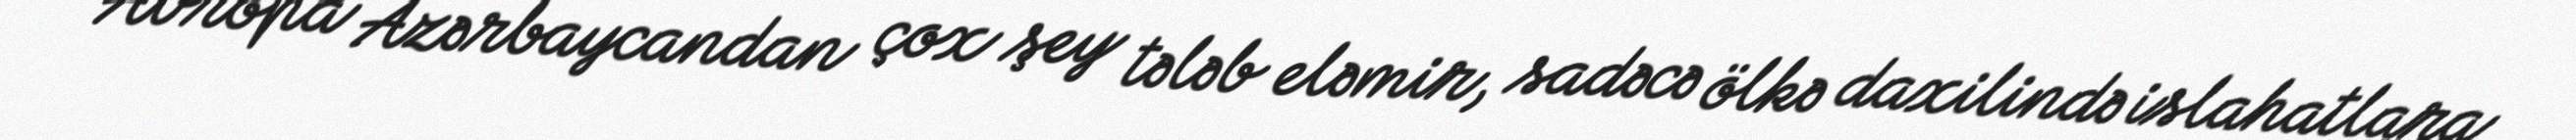
Avropa Azərbaycandan çox şey tələb eləmir, sadəcə ölkə daxilində islahatlara